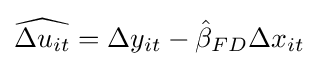
{\widehat {\Delta u_{it}}}=\Delta y_{it}-{\hat {\beta }}_{FD}\Delta x_{it}